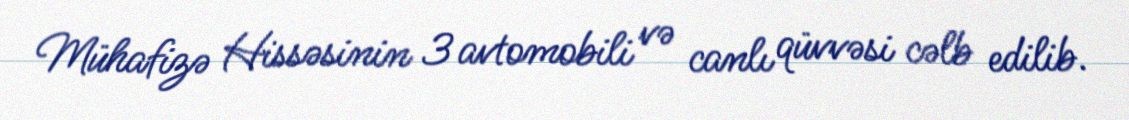
Mühafizə Hissəsinin 3 avtomobili və canlı qüvvəsi cəlb edilib.